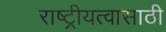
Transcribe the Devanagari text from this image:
राष्ट्रीयत्वासाठी